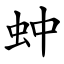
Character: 蚛